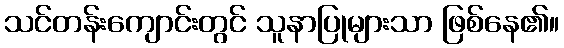
သင်တန်းကျောင်းတွင် သူနာပြုများသာ ဖြစ်နေ၏။